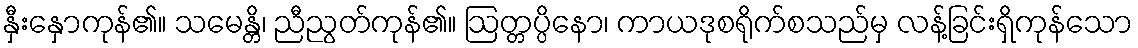
နှီးနှောကုန်၏။ သမေန္တိ၊ ညီညွတ်ကုန်၏။ ဩတ္တပ္ပိနော၊ ကာယဒုစရိုက်စသည်မှ လန့်ခြင်းရှိကုန်သော